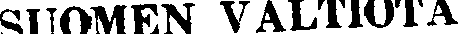
SUOMEN VALTIOTA